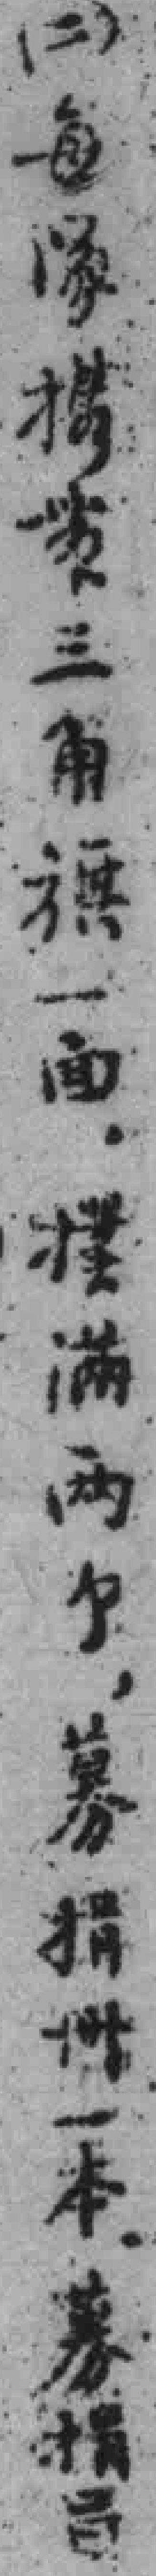
（二）每隊*三角旗一面，*滿兩个，募捐卌一本。募捐*